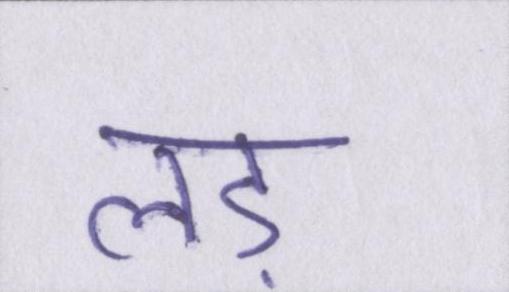
लड़